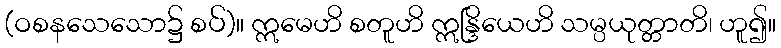
(ဝစနသေသော၌ စပ်)။ ဣမေဟိ စတူဟိ ဣန္ဒြိယေဟိ သမ္ပယုတ္တာတိ၊ ဟူ၍။